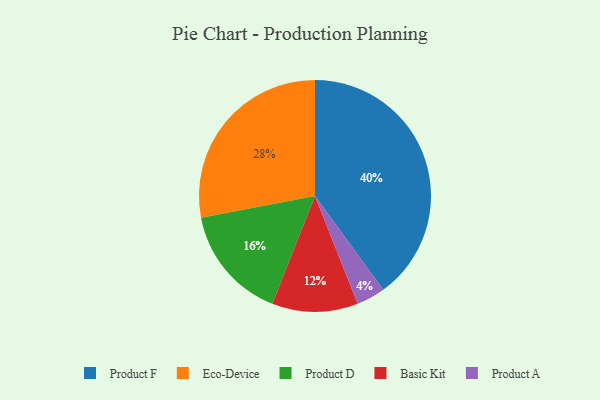
{"axis": {"x": "Category", "y": "Percentage"}, "legend": ["Basic Kit", "Eco-Device", "Product A", "Product D", "Product F"], "data": [{"x": "Eco-Device", "y": 28, "type": "Eco-Device"}, {"x": "Product F", "y": 40, "type": "Product F"}, {"x": "Basic Kit", "y": 12, "type": "Basic Kit"}, {"x": "Product D", "y": 16, "type": "Product D"}, {"x": "Product A", "y": 4, "type": "Product A"}]}